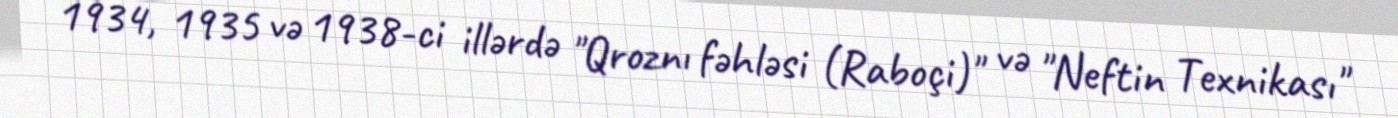
1934, 1935 və 1938-ci illərdə "Qroznı fəhləsi (Raboçi)" və "Neftin Texnikası"